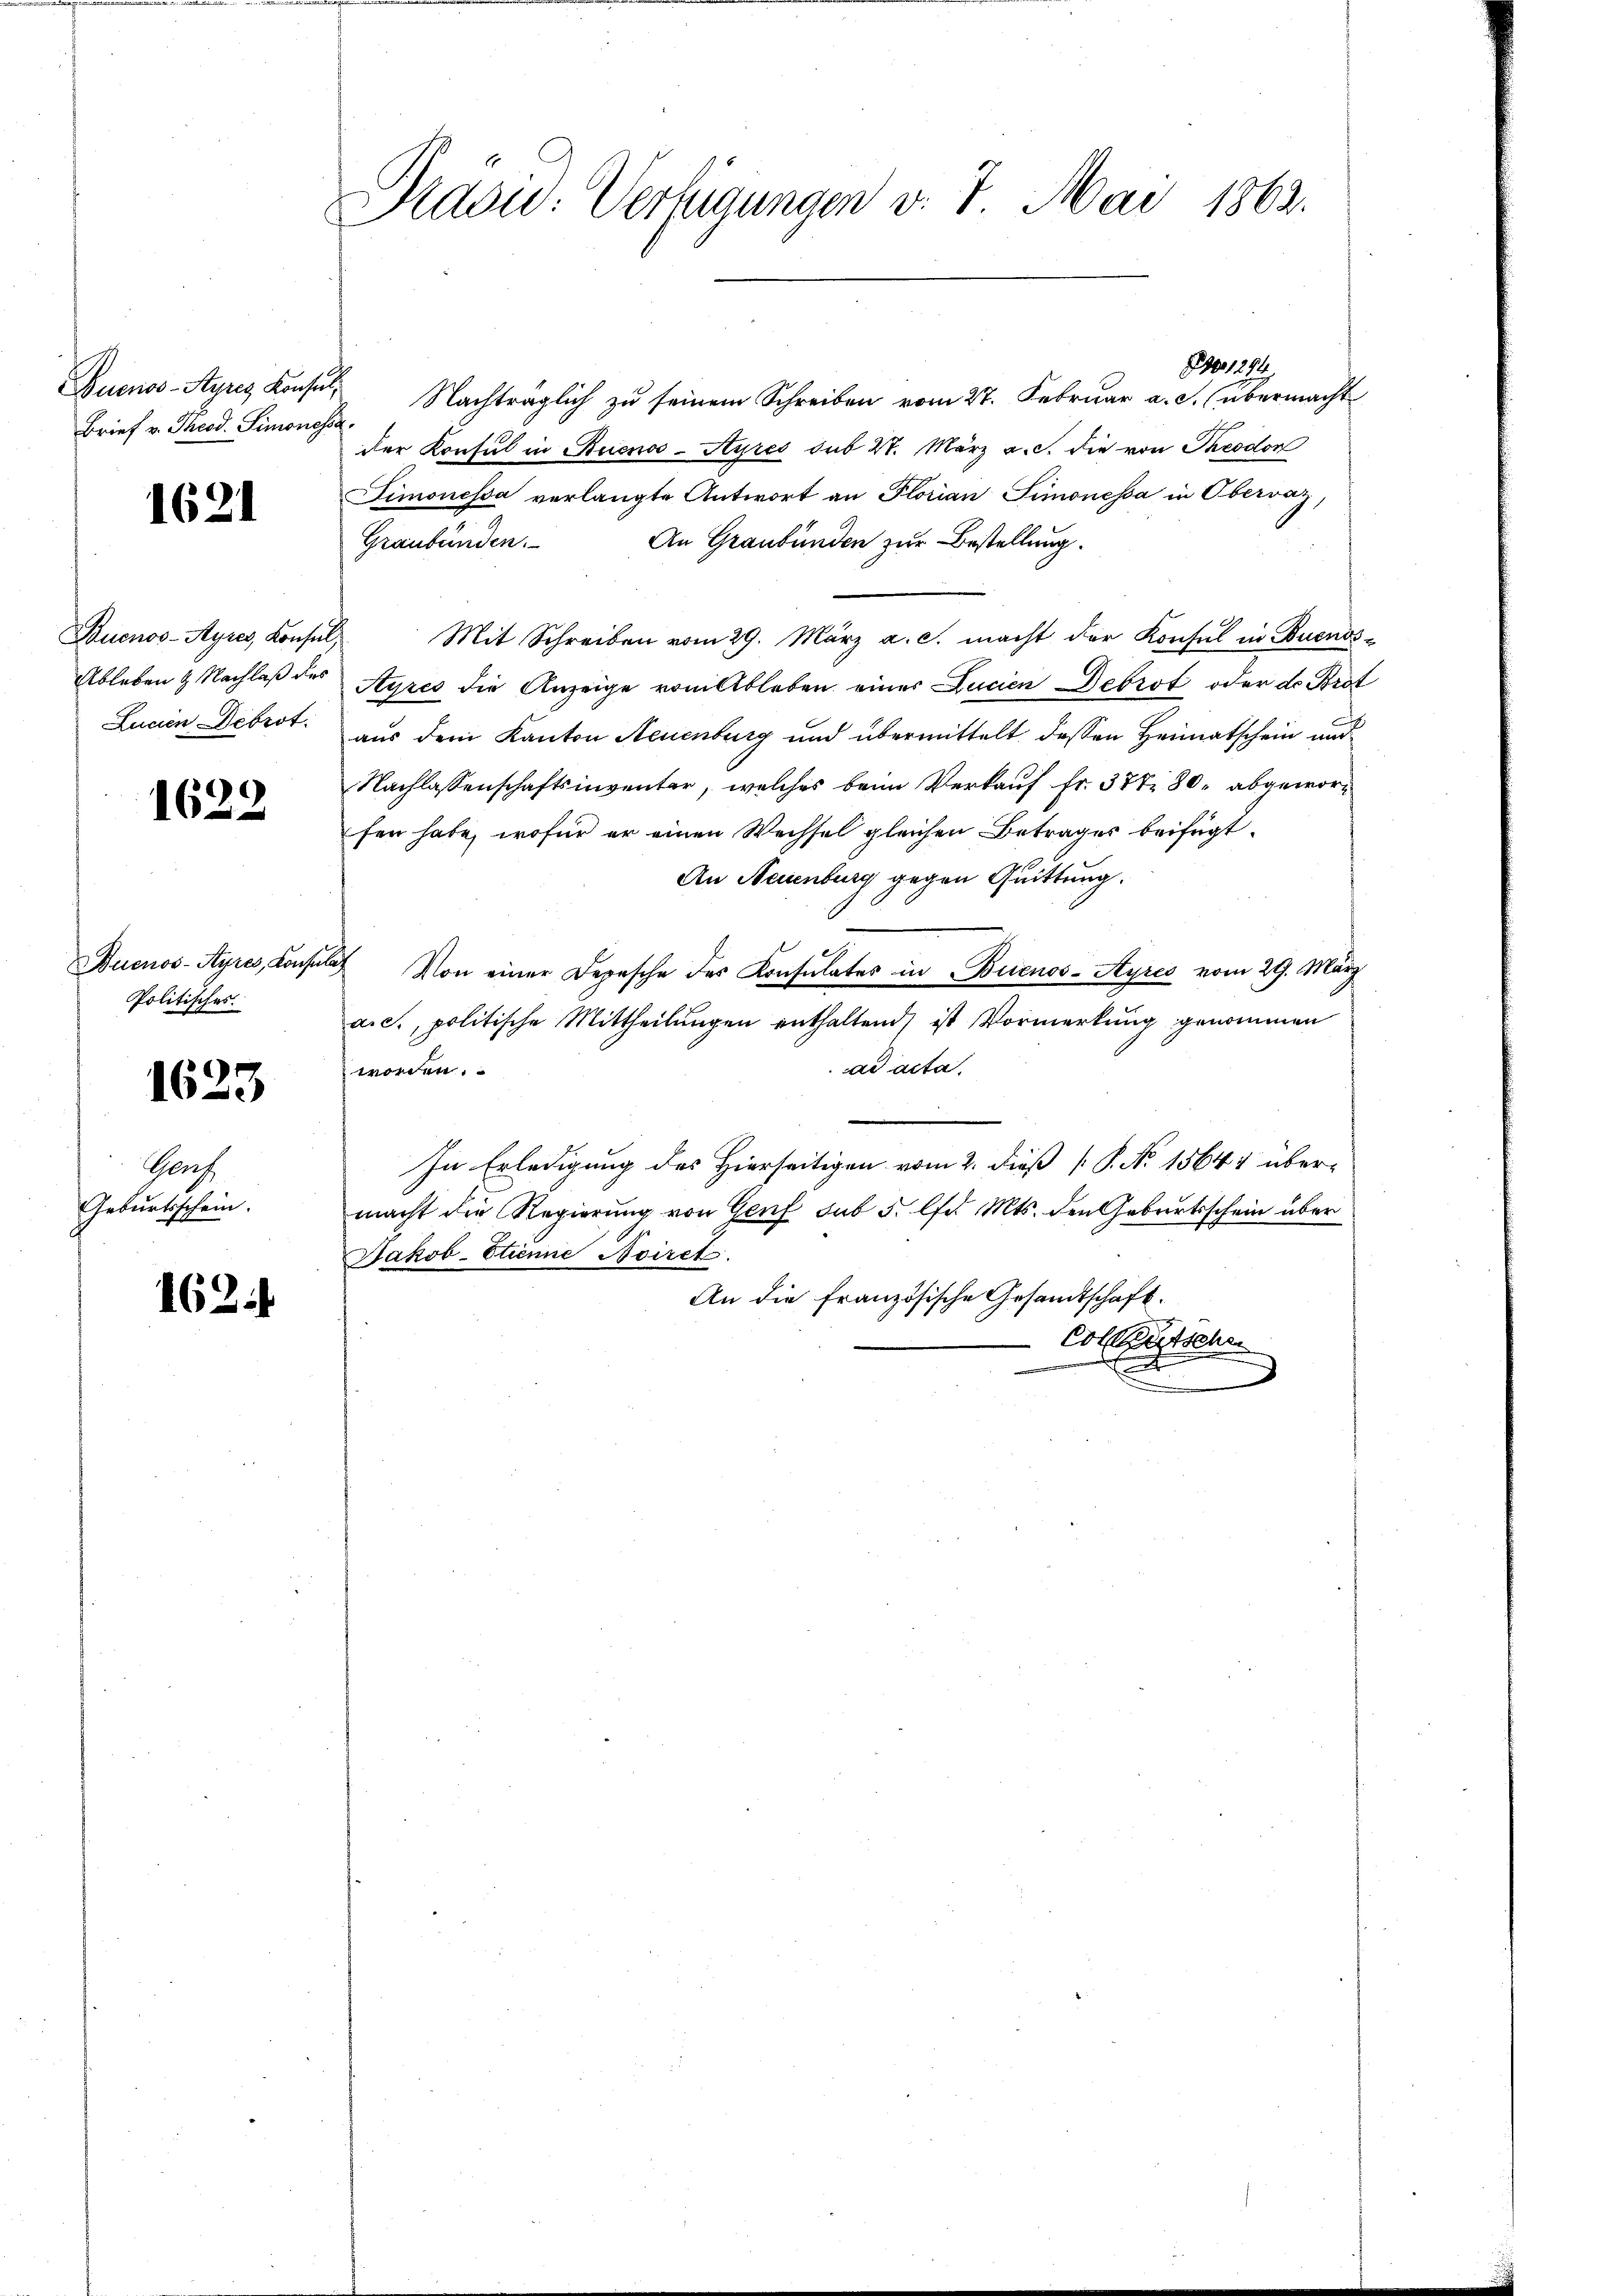
Buenos-Ayres Konsi
Brief v. Theod. Simones

1621

Buenos-Ayres, Konsul
Ableben & Nachlaß des
Lucen Debrot.

1622

Buenos-Ayres, Konse
Politisches.

1623

Ganz
Geburtsschein.

162.

Raow: Verfügungen v. 7. Mai 1863.

1294
Nachträglich zu seinem Schreiben vom 27. Februar a. c. übermacht
.
der Konsul in Ruenos-Ayres sub 27. März a.c. die von Theodor
Simonessa verlangte Antwort an Florian Simonessa in Obervaz,
An Graubünden zur Bestellung.
Graubünden.
Mit Schreiben vom 29. März a. c. macht der Konsul in Buenos¬
Ayres die Anzeige vom Ableben einer Lucien Debrot oder ds Bröt
aus dem Kanton Neuenburg und übermittelt dessen Heimatschein und
Nachlassenschaftsinventar, welches beim Verkauf fr. 377 80. abgeworfen habe, wofür er einen Wechsel gleichen Betrages beifügt
An Neuenburg gegen Quittung.
 Von einer Depesche des Konsulates in Buenos-Ayres vom 29. März
aic., politische Mittheilungen enthaltend ist Vormerkung genommen
ad acta.
worden.
In Erledigung des Hierseitigen vom 2. dieß [ P. N. 15641 übermacht die Regierung von Genf sub 5. lfd. Mts. den Geburtsschein über
Jakob-Etienne Aviret.
An die französische Gesandtschaft.
Colletsche
E